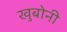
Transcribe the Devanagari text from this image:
खुबोनी